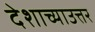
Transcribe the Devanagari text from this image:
देशाच्याउत्तर